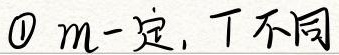
\textcircled{1} \(m\)一定，\(T\)不同